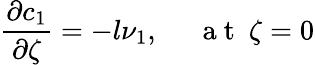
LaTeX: \frac{\partial c_{1}}{\partial\zeta}=-l\nu_{1},~~~~~\mathrm{~a~t~}~\zeta=0